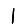
Digit: 1